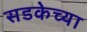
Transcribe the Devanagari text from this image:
सडकेच्या